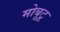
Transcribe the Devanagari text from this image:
मोबूटू